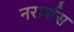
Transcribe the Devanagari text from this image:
नरार्शस